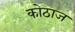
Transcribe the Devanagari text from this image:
कोठाज